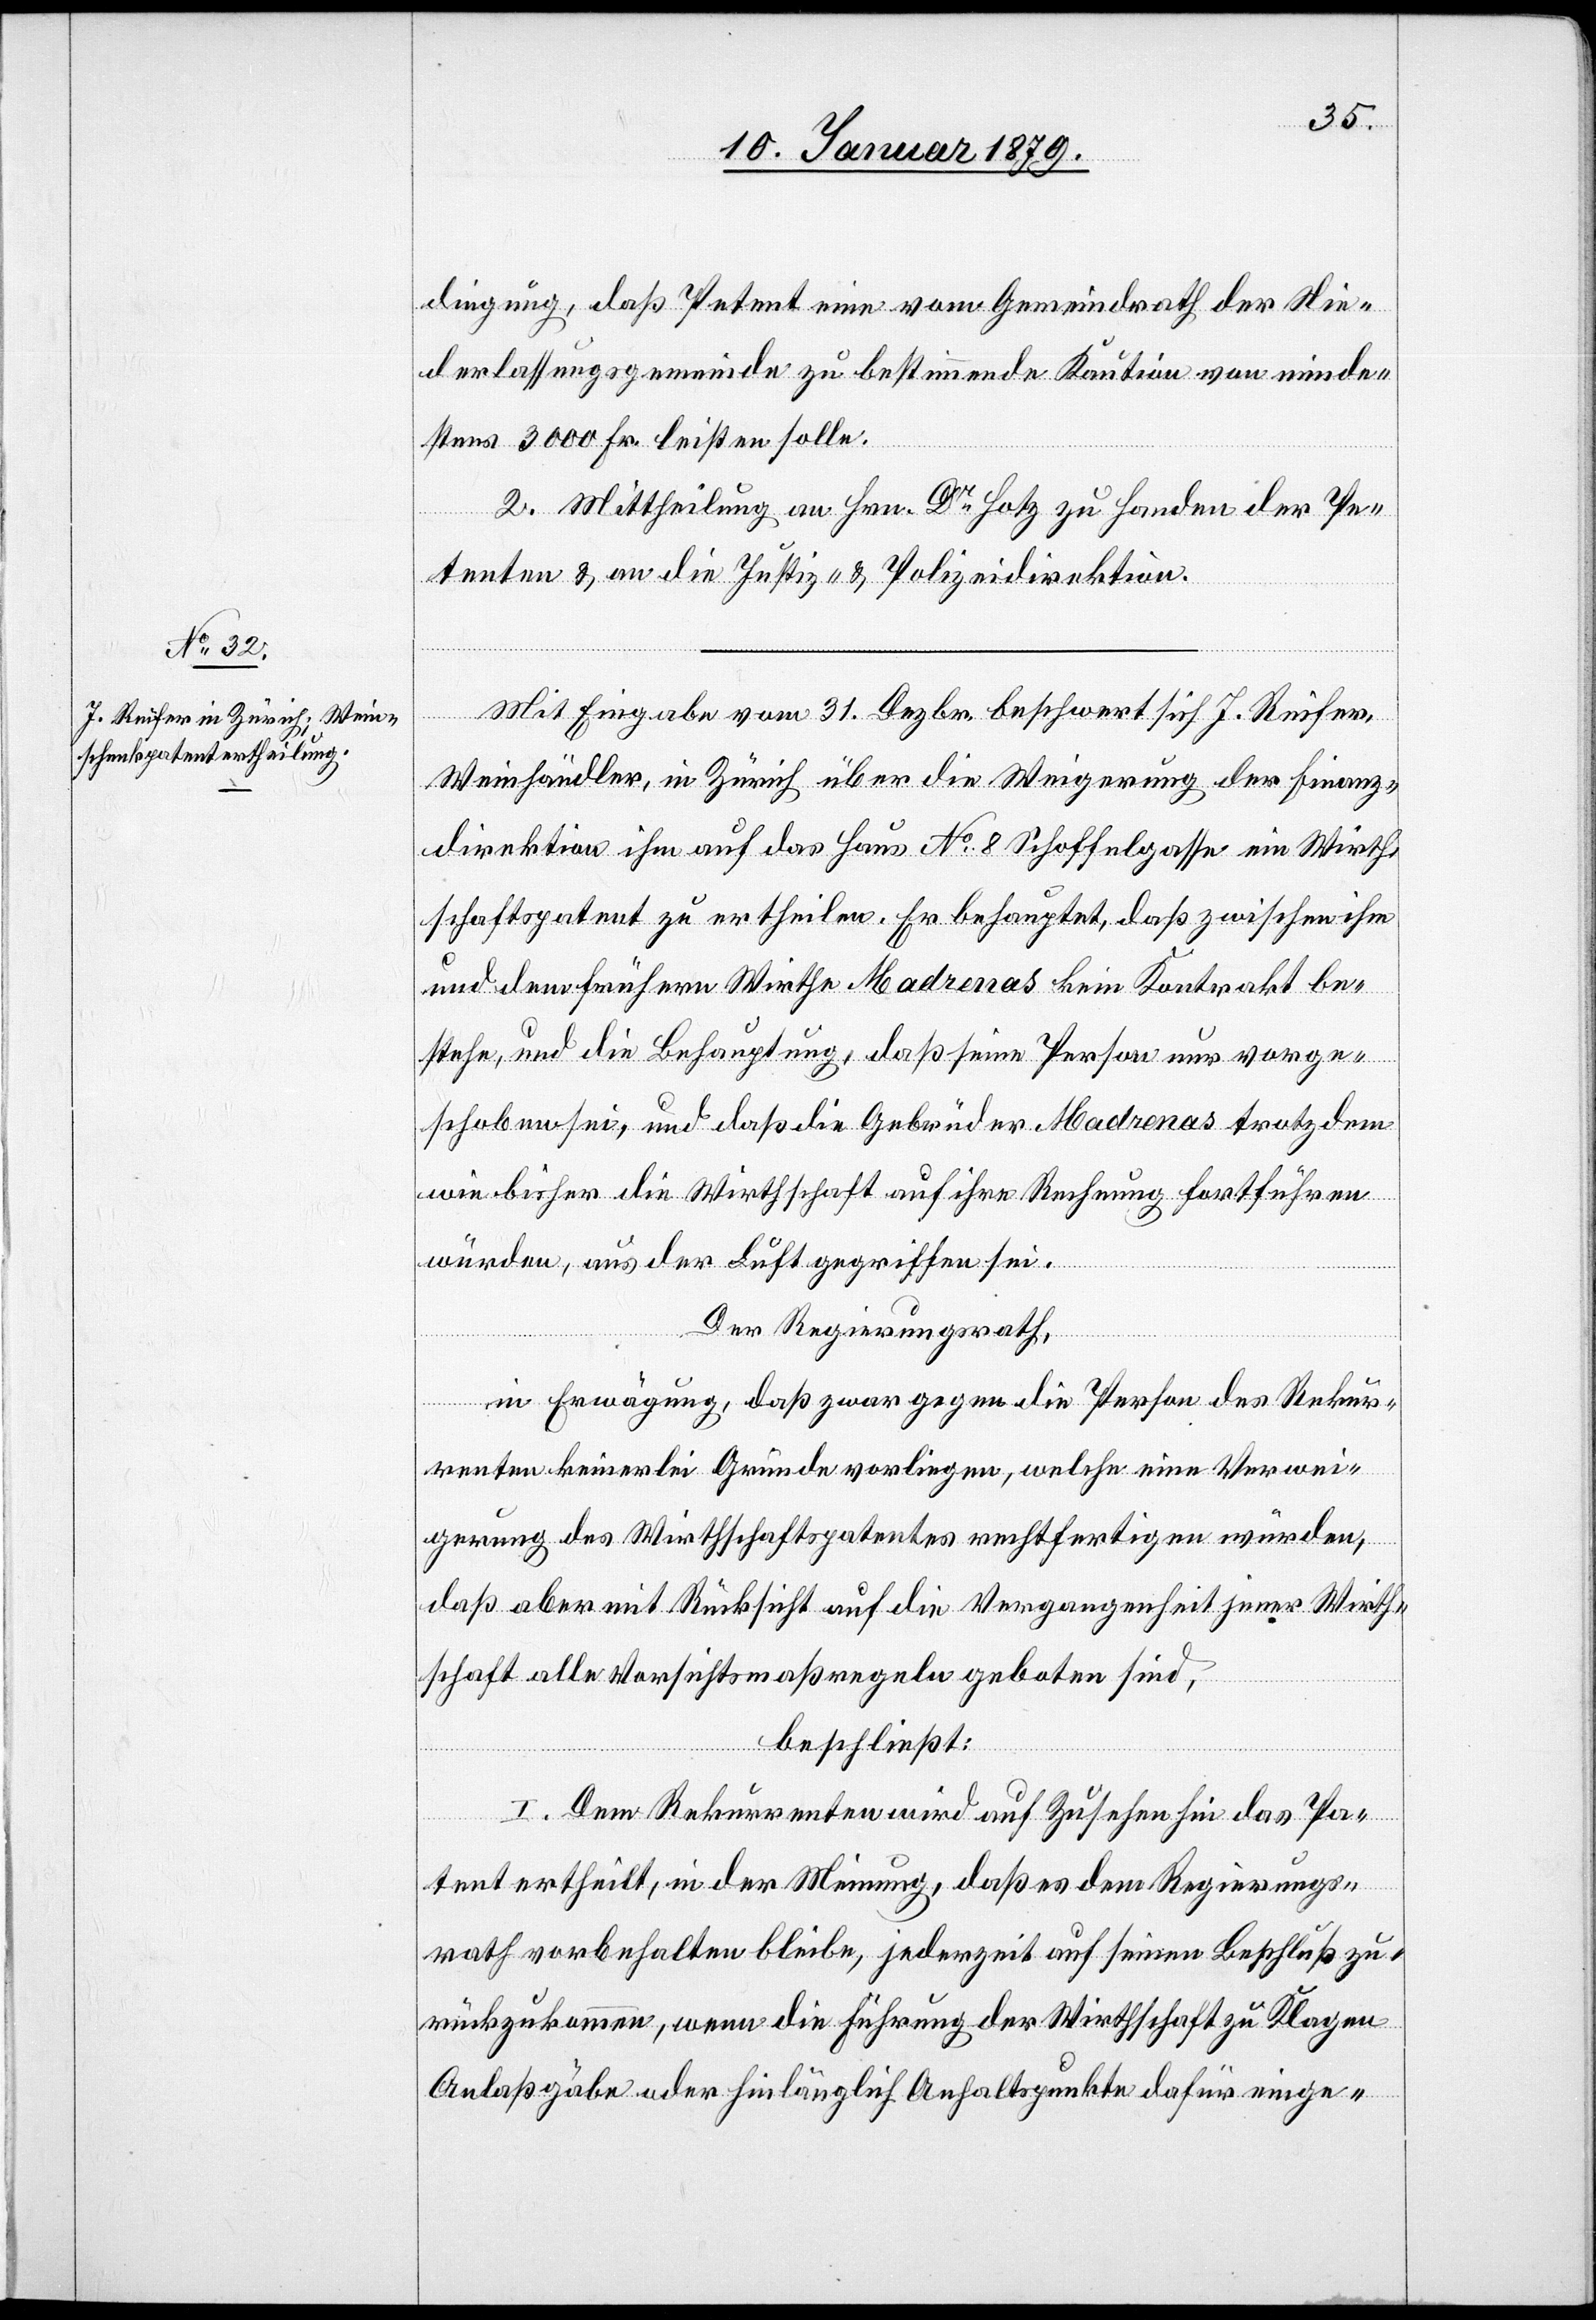
dingung, daß Petent eine vom Gemeindrath der Nie¬
derlassungsgemeinde zu bestimmende Kaution von minde¬
stens 3000 Fr. leisten solle.
2. Mittheilung an Hrn. Dr Hotz zu Handen der Pe¬
tenten & an die Justiz- & Polizeidirektion.
Mit eingabe vom 31. Dezbr. beschwert sich J. Reifer,
Weinhändler, in Zürich über die Weigerung der Finanz¬
direktion ihm auf das Haus No. 8 Schoffelgasse ein Wirth¬
schaftspatent zu ertheilen. Er behauptet, daß zwischen ihm
und dem frühern Wirthe Madrenas kein Kontrakt be¬
stehe, und die Behauptung, daß seine Person nur vorge¬
schoben sei, und daß die Gebrüder Madrenas trotzdem
wie bisher die Wirthschaft auf ihre Rechnung fortführen
würden, aus der Luft gegriffen sei.
Der Regierungsrath,
in Erwägung, daß zwar gegen die Person des Rekur¬
renten keinerlei Gründe vorliegen, welche eine Verwei¬
gerung des Wirthschaftspatentes rechtfertigen würden,
daß aber mit Rücksicht auf die Vergangenheit jener Wirth¬
schaft alle Vorsichtsmaßregeln geboten sind,
beschließt:
I. Dem Rekurrenten wird auf Zusehen hin das Pa¬
tent ertheilt, in der Meinung, daß es dem Regierungs¬
rath vorbehalten bleibe, jederzeit auf seinen Beschluß zu¬
rückzukommen, wenn die Führung der Wirthschaft zu Klagen
Anlaß gäbe oder hinlänglich Anhaltspunkte dafür einge-